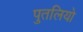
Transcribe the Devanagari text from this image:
पुतलियो